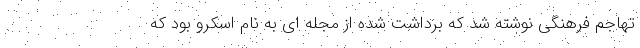
تهاجم فرهنگی نوشته شد که برداشت شده از مجله ای به نام اسکرو بود که